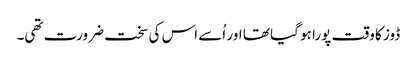
ڈوز کا وقت پورا ہو گیا تھا اور اُسے اس کی سخت ضرورت تھی۔